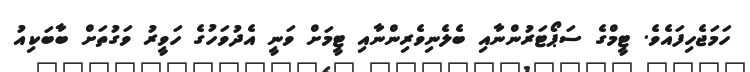
ހަމަޖެހިފައެވެ. ޓީމްގެ ސަޕޯޓަރުންނާއި ބެލެނިވެރިންނާއި ޓީމަށް ވަނީ އެދުވަހުގެ ހަވީރު ވަގުތަށް ބާބަކިއު